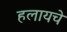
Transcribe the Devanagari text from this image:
हलायचे